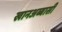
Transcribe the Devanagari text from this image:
खानअब्बासी